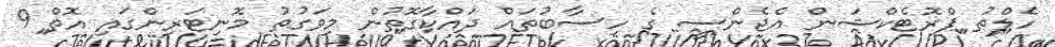
ހެލްތު ޕްރޮޓެކްޝަން އެޖެންސީ ގެ ހިސާބުތައް ދައްކާގޮތުން މިވަގުތު މޮނިޓަރިންގައި އޮތް 9